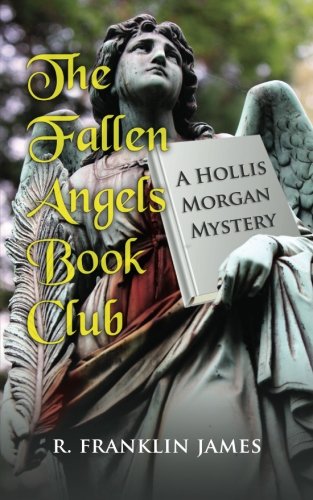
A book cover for The Fallen Angels Book Club (Hollis Morgan Mystery); R. Franklin James; Mystery, Thriller & Suspense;